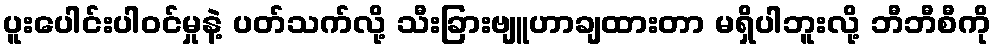
ပူးပေါင်းပါဝင်မှုနဲ့ ပတ်သက်လို့ သီးခြားဗျူဟာချထားတာ မရှိပါဘူးလို့ ဘီဘီစီကို